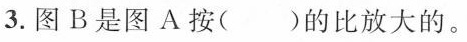
3.图B是图A按（）的比放大的。